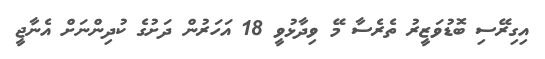
އިގިރޭސި ބޮޑުވަޒީރު ތެރެސާ މޭ ވިދާޅުވީ 18 އަހަރުން ދަށުގެ ކުދިންނަށް އެނާޖީ